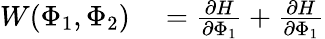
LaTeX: \begin{array}{rl}{W(\Phi_{1},\Phi_{2})}&{{}=\frac{\partial H}{\partial\Phi_{1}}+\frac{\partial H}{\partial\Phi_{1}}}\end{array}